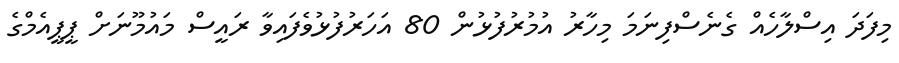
މިފަދަ އިސްލާހެއް ގެނެސްފިނަމަ މިހާރު އުމުުރުފުޅުން 80 އަހަރުފުޅުވެފައިވާ ރައީސް މައުމޫނަށް ޕީޕީއެމްގެ